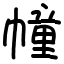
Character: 幢